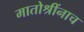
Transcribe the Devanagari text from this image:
मातोश्रींनाच